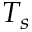
T _ { s }